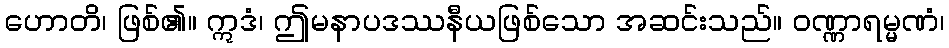
ဟောတိ၊ ဖြစ်၏။ ဣဒံ၊ ဤမနာပဒဿနီယဖြစ်သော အဆင်းသည်။ ဝဏ္ဏာရမ္မဏံ၊